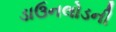
ડાઉનલોડની